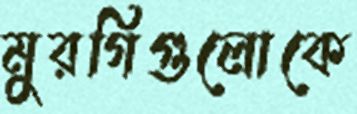
মুরগিগুলোকে